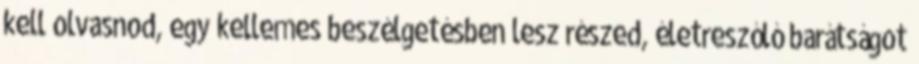
kell olvasnod, egy kellemes beszélgetésben lesz részed, életreszóló barátságot